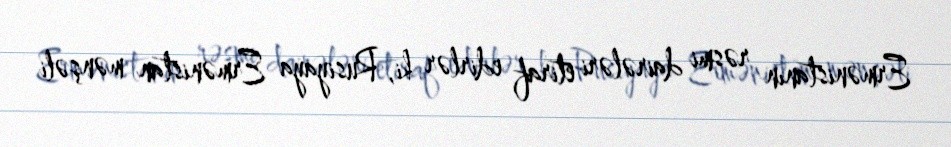
Ermənistanın rəsmi dairələri etiraf edirlər ki, Rusiyaya Ermənistan mənşəli